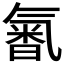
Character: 𣱩